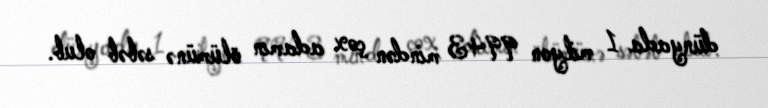
dünyada 1 milyon 9943 mindən çox adamın ölümünə səbəb olub.